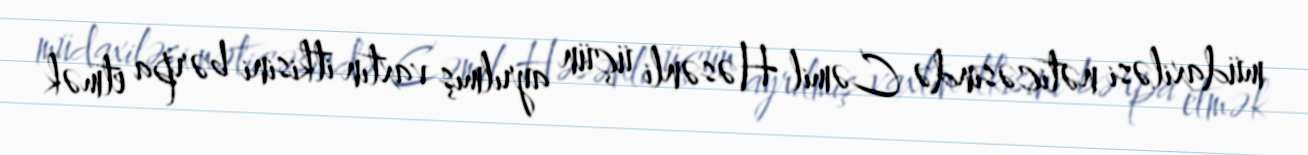
müdaxiləsi nəticəsində Cəmil Həsənli üçün ayrılmış vaxtın itkisini bərpa etmək